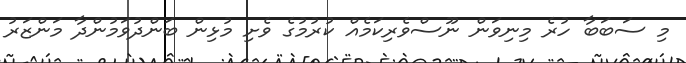
މި ސަބަބާ ހުރެ މިނިވަން ނޫސްވެރިކަމެއް ކުރުމުގެ ވެށި މުޅިން ބަންދުވަމުންދާ މަންޒަރު